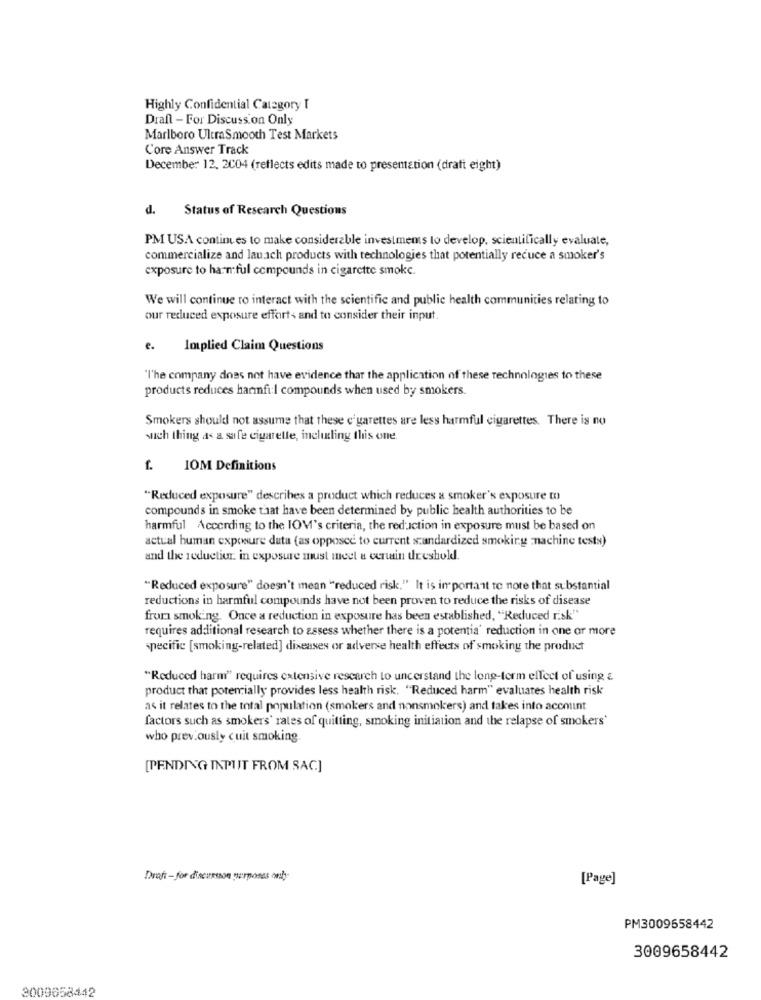
Highly Confidential Category I
Draft - For Discussion Only
Marlboro UltraSmooth Test Markets
Core Answer Track
December 12. 2004 (reflects edits made to presentation (dratt eight)
d. Status of Research Questions
PM USA continues to make considerable investments to develop, scientifically evaluate,
commercialize and lauach products with technologies that potentially reduce a smoker's
exposure to harmful compounds in cigarette smoke.
We will continue ro interact with the scientific and public health communities relating to
our reduced exposure effort+ and to consider their input.
e.
Implied Claim Questions
"l'he company does not have evidence that the application of these technologies to these
products reduces harmfi:l compounds when used by smokers.
Smokers should not assume that these cigarettes are less harmful cigarettes. There is no
such thing as a safe cigarette, including this one.
IOM Definitions
"Reduced exposure" describes a product which reduces a smoker's exposure to)
compounds in smoke that have been determined by public health authorities to be
harmful According to the IOV's criteria, the reduction in exposure must be based on
actual human exposure duta (as opposed to current standardized smoking machine tests)
and the reduction in exposure must meet a certain treshold.
"Reduced exposure" doesn't mean "reduced risk." It is important to note that substantial
reductions in harmful compounds have not been proven to reduce the risks of disease
from smoking. Once a reduction in exposure has been established, "Reduced risk"
requires additional research to assess whether there is a potentia' reduction in one or more
specific [smoking-related] diseases or adverse health effects of smoking the product
"Reduced harm" requires extensive research to understand the long-term effect of using &
product that potemcially provides less health risk. "Reduced harm" evaluates health risk
as it relates to the total population (smokers and nonsmokers) and takes into account
factors such as smokers' rates of quitting, smoking initiation and the relapse of smokers'
who previously cuit smoking.
[PENDING INPUT FROM SAC]
Draft - for discussion purposes only-
[Page]
PM3009658442
3009658442
2009658442